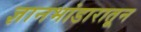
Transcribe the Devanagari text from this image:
ज्ञानभांडारातून